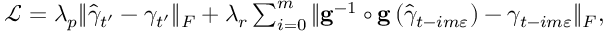
\begin{array} { r } { \mathcal { L } = \lambda _ { p } \Vert \widehat { \gamma } _ { t ^ { \prime } } - \gamma _ { t ^ { \prime } } \Vert _ { F } + \lambda _ { r } \sum _ { i = 0 } ^ { m } \Vert \mathbf { g } ^ { - 1 } \circ \mathbf { g } \left( \widehat { \gamma } _ { t - i m \varepsilon } \right) - \gamma _ { t - i m \varepsilon } \Vert _ { F } , } \end{array}